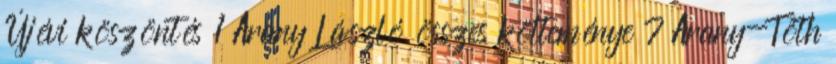
Újévi köszöntés 1 Arany László összes költeménye 7 Arany-Tóth